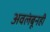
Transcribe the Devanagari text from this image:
अवलंबूनही